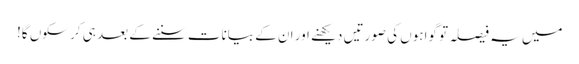
میں یہ فیصلہ تو گواہوں کی صورتیں دیکھنے اور ان کے بیانات سننے کے بعد ہی کر سکوں گا!